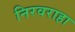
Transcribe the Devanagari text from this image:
निरवराहा